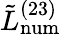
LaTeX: \tilde{L}_{\mathrm{num}}^{(23)}